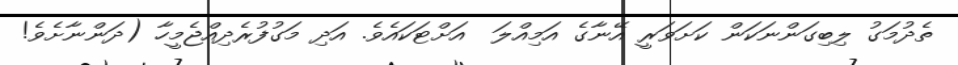
ތެދުމަގު ލިބިގަންނަކަން ކަށަވަރީ އޭނާގެ އަމިއްލަ  އަށްޓަކައެވެ. އަދި މަގުފުރެދިއްޖެމީހާ (ދަންނާށެވެ!